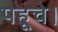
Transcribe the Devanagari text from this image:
पहूचे।